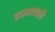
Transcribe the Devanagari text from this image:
इसभाष्यकी